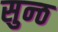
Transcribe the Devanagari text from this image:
सुन्ठ